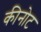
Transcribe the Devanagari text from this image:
कीनोट